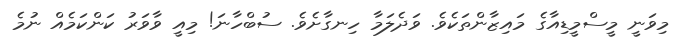
މިވަނީ މީސްމީޑިއާގެ މައިޒާންތަކެވެ. ވަދެލަމާ ހިނގާށެވެ. ސުބްހާނަ! މިއީ ވާވަރު ކަންކަމެއް ނުމެ